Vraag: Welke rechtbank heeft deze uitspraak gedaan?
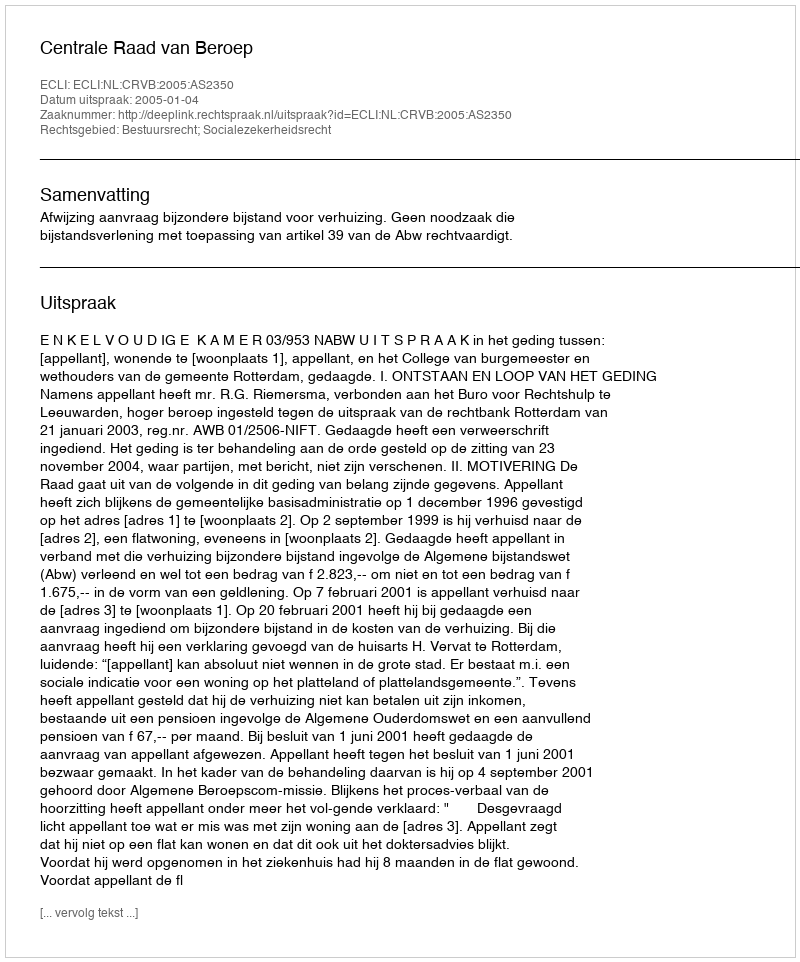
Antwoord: Centrale Raad van Beroep